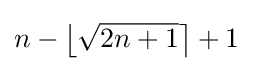
n-\left\lfloor {\sqrt {2n+1}}\right\rceil +1